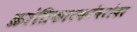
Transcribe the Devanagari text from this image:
क्रांतिकारकांबरोबर